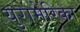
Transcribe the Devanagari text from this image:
युरामेरिका